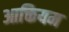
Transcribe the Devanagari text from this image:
आक्तियम